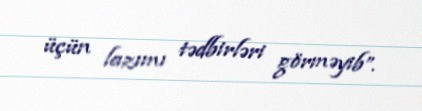
üçün lazımı tədbirləri görməyib”.